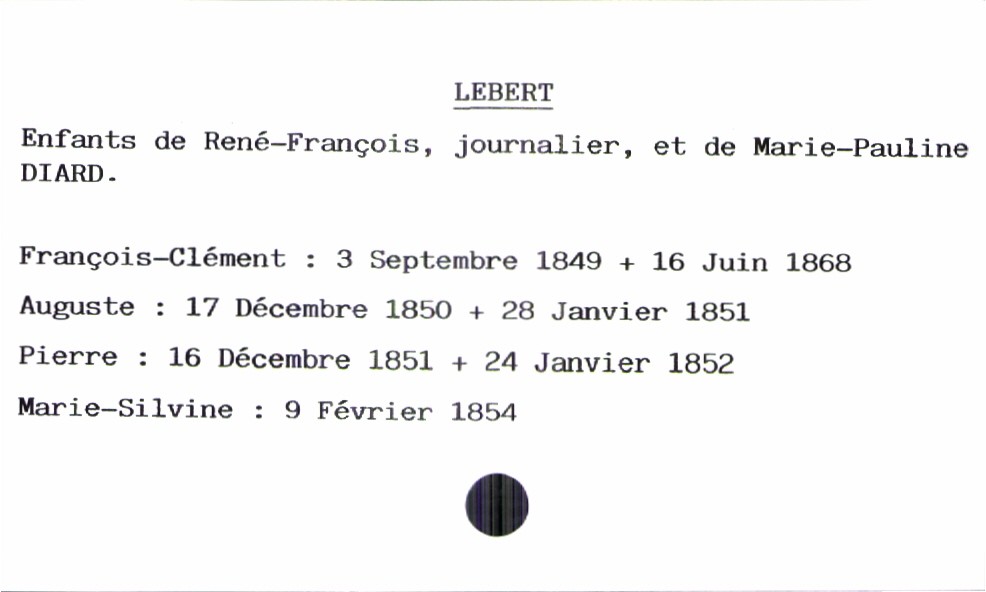
type_acte: Baptême
filiation: fille
enfant_prénom: Marie-Silvine
enfant_date_de_naissance: 9 février 1854
enfant_date_de_décès: 24 janvier 1852
père_enfant_nom: Lebert
père_enfant_prénom: René-François
père_enfant_profession: journalier
mère_enfant_nom: Diard
mère_enfant_prénom: Marie-Pauline